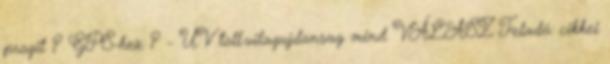
progit ? GPS-hez ? - UV toll.vilagujdonsag mind VÁLASZ Feladó: cikkei